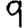
Digit: 9